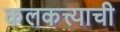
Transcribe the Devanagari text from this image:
कलकत्त्याची